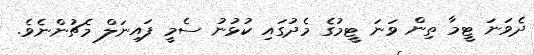
ދެވަނަ ޓީމާ ތިން ވަނަ ޓީމުގެ މެދުގައި ކުޅުނު ސެމީ ފައިނަލް މެޗުންނެވެ.